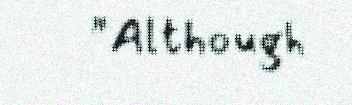
"Although